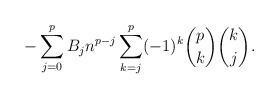
LaTeX: \begin{align*}-\sum_{j=0}^{p} B_j n^{p-j} \sum_{k=j}^p (-1)^k \binom{p}{k} \binom{k}{j}.\end{align*}